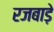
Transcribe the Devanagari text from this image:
रजबाड़े